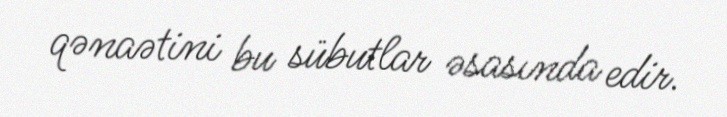
qənaətini bu sübutlar əsasında edir.